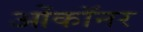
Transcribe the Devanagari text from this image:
ओंकॉनर